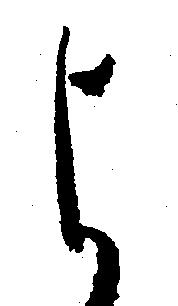
よ